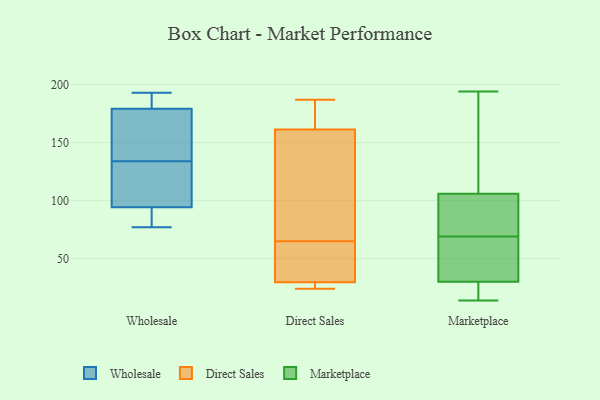
{"axis": {"x": "Production Output", "y": "Value"}, "legend": ["Direct Sales", "Marketplace", "Wholesale"], "data": [{"x": "", "y": 183, "type": "Wholesale"}, {"x": "", "y": 153, "type": "Wholesale"}, {"x": "", "y": 81, "type": "Wholesale"}, {"x": "", "y": 116, "type": "Wholesale"}, {"x": "", "y": 77, "type": "Wholesale"}, {"x": "", "y": 178, "type": "Wholesale"}, {"x": "", "y": 96, "type": "Wholesale"}, {"x": "", "y": 172, "type": "Wholesale"}, {"x": "", "y": 134, "type": "Wholesale"}, {"x": "", "y": 120, "type": "Wholesale"}, {"x": "", "y": 89, "type": "Wholesale"}, {"x": "", "y": 193, "type": "Wholesale"}, {"x": "", "y": 184, "type": "Wholesale"}, {"x": "", "y": 54, "type": "Direct Sales"}, {"x": "", "y": 36, "type": "Direct Sales"}, {"x": "", "y": 65, "type": "Direct Sales"}, {"x": "", "y": 47, "type": "Direct Sales"}, {"x": "", "y": 166, "type": "Direct Sales"}, {"x": "", "y": 26, "type": "Direct Sales"}, {"x": "", "y": 29, "type": "Direct Sales"}, {"x": "", "y": 182, "type": "Direct Sales"}, {"x": "", "y": 116, "type": "Direct Sales"}, {"x": "", "y": 187, "type": "Direct Sales"}, {"x": "", "y": 24, "type": "Direct Sales"}, {"x": "", "y": 24, "type": "Direct Sales"}, {"x": "", "y": 30, "type": "Direct Sales"}, {"x": "", "y": 68, "type": "Direct Sales"}, {"x": "", "y": 123, "type": "Direct Sales"}, {"x": "", "y": 160, "type": "Direct Sales"}, {"x": "", "y": 165, "type": "Direct Sales"}, {"x": "", "y": 19, "type": "Marketplace"}, {"x": "", "y": 148, "type": "Marketplace"}, {"x": "", "y": 194, "type": "Marketplace"}, {"x": "", "y": 128, "type": "Marketplace"}, {"x": "", "y": 35, "type": "Marketplace"}, {"x": "", "y": 14, "type": "Marketplace"}, {"x": "", "y": 160, "type": "Marketplace"}, {"x": "", "y": 69, "type": "Marketplace"}, {"x": "", "y": 61, "type": "Marketplace"}, {"x": "", "y": 76, "type": "Marketplace"}, {"x": "", "y": 80, "type": "Marketplace"}, {"x": "", "y": 30, "type": "Marketplace"}, {"x": "", "y": 88, "type": "Marketplace"}, {"x": "", "y": 106, "type": "Marketplace"}, {"x": "", "y": 24, "type": "Marketplace"}, {"x": "", "y": 69, "type": "Marketplace"}, {"x": "", "y": 68, "type": "Marketplace"}, {"x": "", "y": 24, "type": "Marketplace"}]}